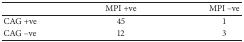
|  | MPI +ve | MPI –ve |
 | --- | --- | --- |
 | CAG +ve | 45 | 1 |
 | CAG –ve | 12 | 3 |